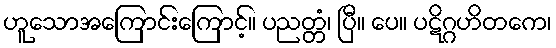
ဟူသောအကြောင်းကြောင့်။ ပညတ္တံ၊ ပြီ။ ပေ။ ပဋိဂ္ဂဟိတကေ၊